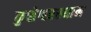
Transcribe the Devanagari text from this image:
कुशेश्वरस्थान